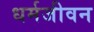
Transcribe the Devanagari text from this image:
धर्मजीवन